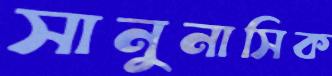
সানুনাসিক